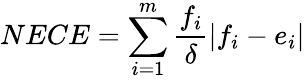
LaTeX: NECE=\sum_{i=1}^{m}\frac{f_{i}}{\delta}\left|f_{i}-e_{i}\right|